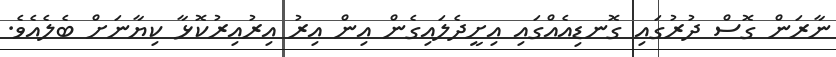
ނާރަން ގޮސް ދުރުގައި ގޮނޑިއެއްގައި އިށީދެލައިގެން އިން އިރު އިރުއިރުކޮޅާ ކިޔާނަށް ބެލެއެވެ.